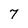
Character: 7